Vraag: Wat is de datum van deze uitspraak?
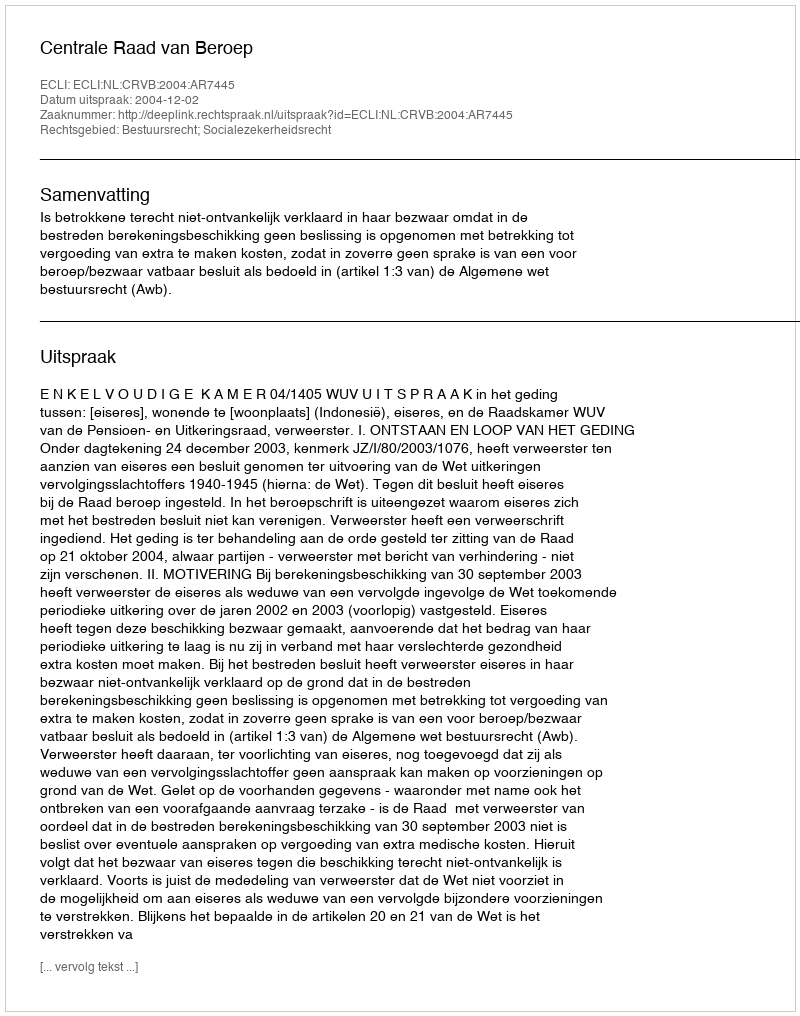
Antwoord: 2004-12-02